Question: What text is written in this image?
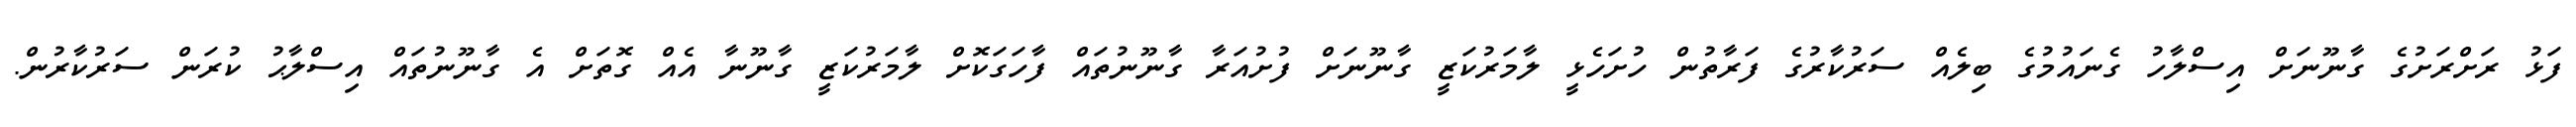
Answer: ފަޅު ރަށްރަށުގެ ގާނޫނަށް އިސްލާހު ގެނައުމުގެ ބިލެއް ސަރުކާރުގެ ފަރާތުން ހުށަހެޅީ ލާމަރުކަޒީ ގާނޫނަށް ފުށުއަރާ ގާނޫނުތައް ފާހަގަކޮށް ލާމަރުކަޒީ ގާނޫނާ އެއް ގޮތަށް އެ ގާނޫނުތައް އިސްލާޙު ކުރަން ސަރުކާރުން.